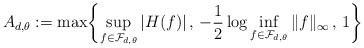
LaTeX: \begin{align*}A_{d,\theta} := \max \biggl\{ \sup_{f \in \mathcal{F}_{d,\theta}} |H(f)| \, , \, -\frac{1}{2} \log \inf_{f \in \mathcal{F}_{d,\theta}} \|f\|_\infty \, , \, 1\biggr\}\end{align*}